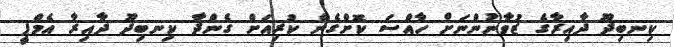
ކިނބިދޫ ދާއިރާގެ ޒުވާނުންނަށް ހާއްސަ ކޮށްގެން ކުރިއަށް ގެންދާ ކިނބިދޫ ދާއިރާ އެމްޕީ